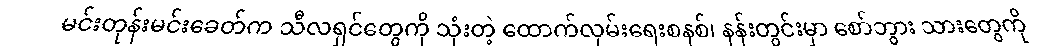
မင်းတုန်းမင်းခေတ်က သီလရှင်တွေကို သုံးတဲ့ ထောက်လှမ်းရေးစနစ်၊ နန်းတွင်းမှာ စော်ဘွား သားတွေကို